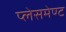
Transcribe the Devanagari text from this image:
प्लेसमेण्ट